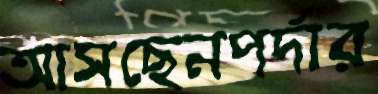
আসছেনপর্দার